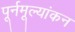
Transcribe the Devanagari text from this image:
पूर्नमूल्यांकन